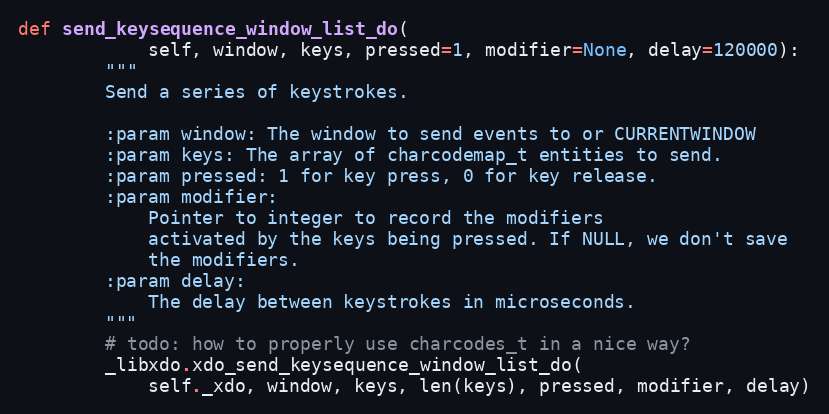
Language: Python
def send_keysequence_window_list_do(
            self, window, keys, pressed=1, modifier=None, delay=120000):
        """
        Send a series of keystrokes.

        :param window: The window to send events to or CURRENTWINDOW
        :param keys: The array of charcodemap_t entities to send.
        :param pressed: 1 for key press, 0 for key release.
        :param modifier:
            Pointer to integer to record the modifiers
            activated by the keys being pressed. If NULL, we don't save
            the modifiers.
        :param delay:
            The delay between keystrokes in microseconds.
        """
        # todo: how to properly use charcodes_t in a nice way?
        _libxdo.xdo_send_keysequence_window_list_do(
            self._xdo, window, keys, len(keys), pressed, modifier, delay)